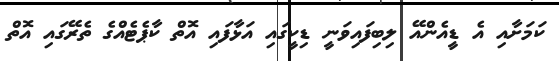
ކަމަށާއި އެ ޑީއެންއޭ ލިބިފައިވަނީ ޑިކީގައި އަޅާފައި އޮތް ކާޕެޓެއްގެ ތެރޭގައި އޮތް